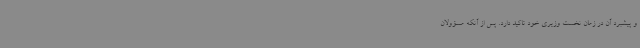
و پیشبرد آن در زمان نخست وزیری خود تاکید دارد. پس از آنکه مسؤولان